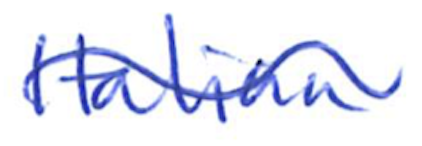
Text: Italian
Cross-out: wave
Writing tool: ballpoint